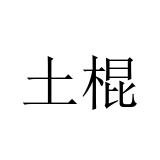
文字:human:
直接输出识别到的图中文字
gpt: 土棍